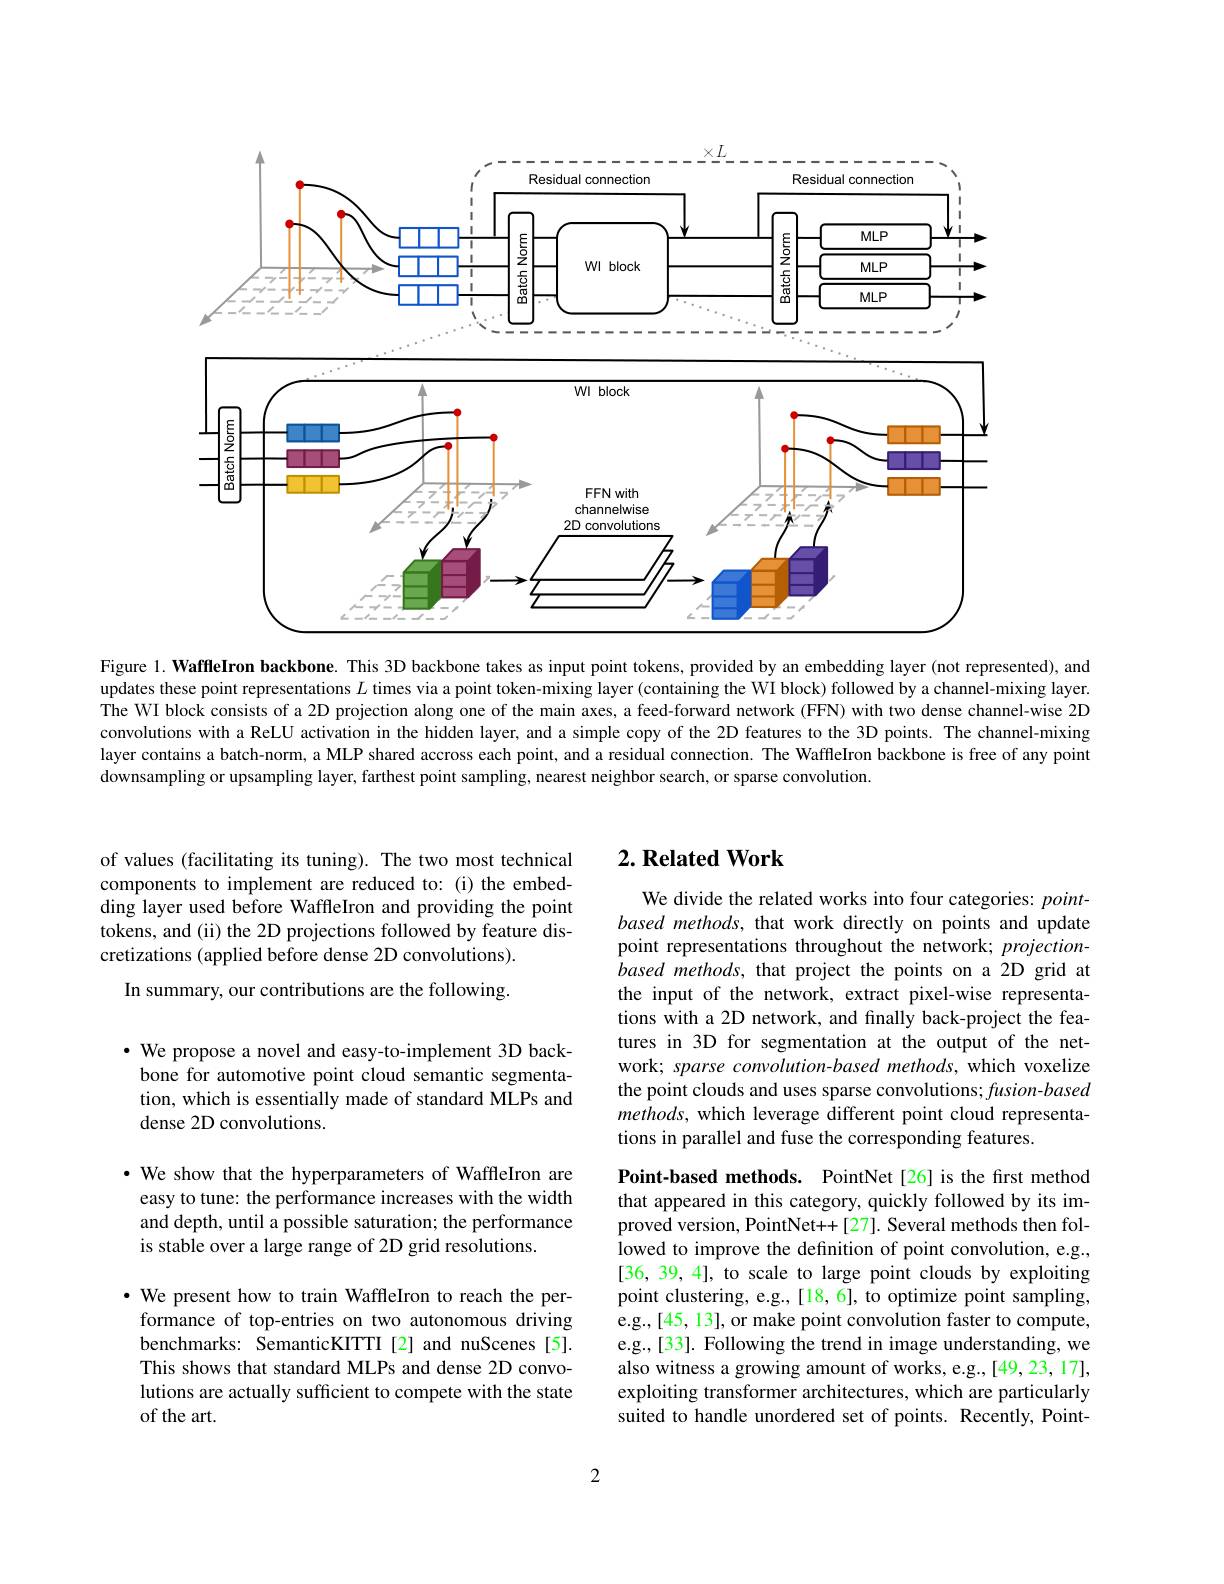
<FigureHere>

Figure 1. WaffleIron backbone. This 3D backbone takes as input point tokens, provided by an embedding layer (not represented), and updates these point representations $L$ times via a point token-mixing layer (containing the WI block) followed by a channel-mixing layer. The WI block consists of a 2D projection along one of the main axes, a feed-forward network (FFN) with two dense channel-wise 2D convolutions with a ReLU activation in the hidden layer, and a simple copy of the 2D features to the 3D points. The channel-mixing layer contains a batch-norm, a MLP shared accross each point, and a residual connection. The WaffleIron backbone is free of any point downsampling or upsampling layer, farthest point sampling, nearest neighbor search, or sparse convolution.

of values (facilitating its tuning). The two most technical components to implement are reduced to: (i) the embedding layer used before WaffleIron and providing the point tokens, and (ii) the 2D projections followed by feature discretizations (applied before dense 2D convolutions).
In summary, our contributions are the following.

$\cdot$ We propose a novel and easy-to-implement 3D backbone for automotive point cloud semantic segmentation, which is essentially made of standard MLPs and dense 2D convolutions.

·We show that the hyperparameters of WaffleIron are easy to tune: the performance increases with the width and depth, until a possible saturation; the performance is stable over a large range of 2D grid resolutions.

· We present how to train WaffleIron to reach the performance of top-entries on two autonomous driving benchmarks: SemanticKITTI[2] and nuScenes[5]. This shows that standard MLPs and dense 2D convolutions are actually sufficient to compete with the state of the art.

## $2. \textbf{Related Work}$

We divide the related works into four categories: pointbased methods, that work directly on points and update point representations throughout the network; projection- $\hat{b}ased$ methods, that project the points on a 2D grid at the input of the network, extract pixel-wise representations with a 2D network, and finally back-project the features in 3D for segmentation at the output of the network; sparse convolution-based methods, which voxelize the point clouds and uses sparse convolutions; fusion-based $methods$, which leverage different point cloud representations in parallel and fuse the corresponding features.

Point-based methods. PointNet[26] is the frst method that appeared in this category, quickly followed by its improved version, PointNet++[27]. Several methods then fol- iowed to improve the definition of point convolution, e. g. , [36, 39, 4], to scale to large point clouds by exploiting point clustering, e.g., [18, 6], to optimize point sampling, e. g. , [ 45, 13] , or make point convolution faster to compute, e.g., [33]. Following the trend in image understanding, we also witness a growing amount of works, e.g.,[49,23,17], exploiting transformer architectures, which are particularly suited to handle unordered set of points. Recently, Point-

2